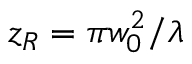
z _ { R } = \pi w _ { 0 } ^ { 2 } / \lambda